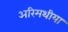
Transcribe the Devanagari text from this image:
अरिमथीया